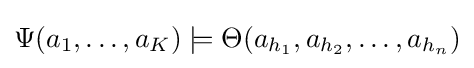
\Psi (a_{1},\ldots ,a_{K})\models \Theta (a_{h_{1}},a_{h_{2}},\ldots ,a_{h_{n}})